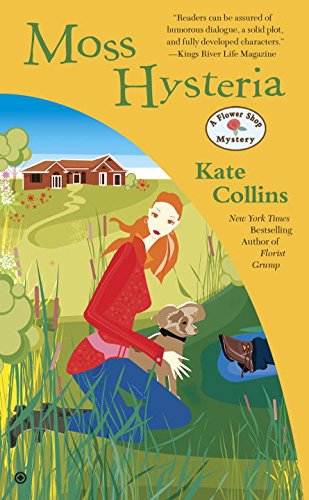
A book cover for Moss Hysteria: A Flower Shop Mystery; Kate Collins; Mystery, Thriller & Suspense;